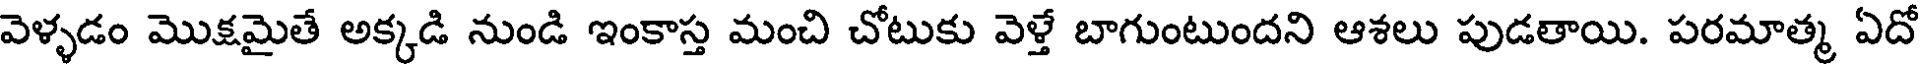
వెళ్ళడం మొక్షమైతే అక్కడి నుండి ఇంకాస్త మంచి చోటుకు వెళ్తే బాగుంటుందని ఆశలు పుడతాయి. పరమాత్మ ఏదో